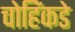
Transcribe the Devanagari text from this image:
चोहिंकडे